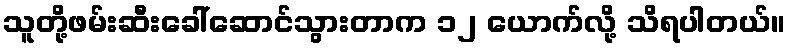
သူတို့ဖမ်းဆီးခေါ်ဆောင်သွားတာက ၁၂ ယောက်လို့ သိရပါတယ်။